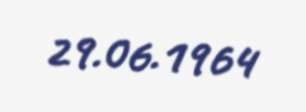
29.06.1964